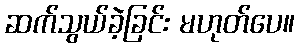
ဆက်သွယ်ခဲ့ခြင်း မဟုတ်ပေ။